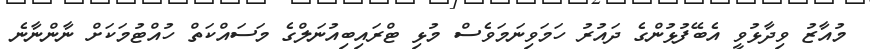
މުއާޒު ވިދާޅުވީ އެބޭފުޅުންގެ ދައުރު ހަމަވިނަމަވެސް މުޅި ޓްރައިބިއުނަލްގެ މަސައްކަތް ހުއްޓުމަކަށް ނާންނާނެ